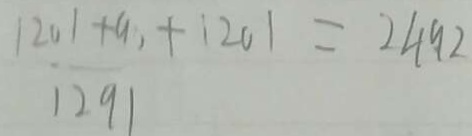
\frac { 1 2 0 1 + 9 } { 1 2 9 1 } + 1 2 0 1 = 2 4 9 2